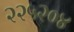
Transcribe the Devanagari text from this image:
२२५२०४